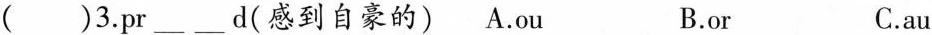
( )3.pr ___ ___ d(感到自豪的) A.ou B.or C.au